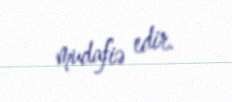
mudafiə edir.